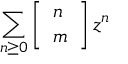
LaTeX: \sum _ { n \geq 0 } \left[ { \begin{array} { l } { n } \\ { m } \end{array} } \right] z ^ { n }